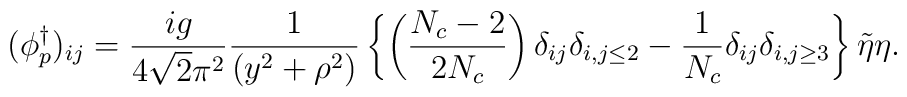
(\phi^{\dagger}_{p})_{ij}=\frac{ig}{4\sqrt{2}\pi^2}\frac{1}{(y^2+\rho^2)}\left\{\left(\frac{N_c-2}{2N_c}\right)\delta_{ij}\delta_{i,j\leq2}-\frac{1}{N_c}\delta_{ij}\delta_{i,j\geq3}\right\}\tilde{\eta}\eta.